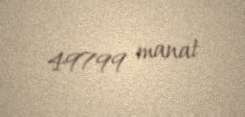
49799 manat